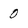
Character: O